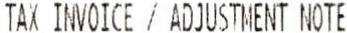
TAX INVOICE / ADJUSTMENT NOTE